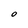
Character: O